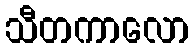
သီတကာလော